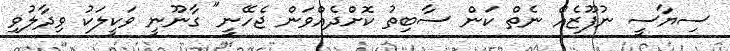
ސިޔާސީ ނުފޫޒެއް ނެތް ކަން ސާބިތު ކޮށްދެއްވަން ޖެހޭނީ" ގާނޫނީ ވަކީލަކު ވިދާލުވި